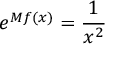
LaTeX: e ^ { M f ( x ) } = { \frac { 1 } { x ^ { 2 } } }